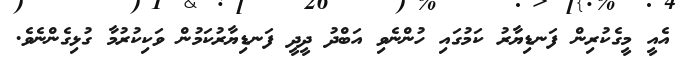
އެއީ މީގެކުރިން ފަނޑިޔާރު ކަމުގައި ހުންނެވި އަބްދު ދީދީ ފަނޑިޔާރުކަމުން ވަކިކުރުމާ ގުޅިގެންނެވެ.